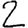
Digit: 2